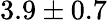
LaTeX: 3.9\pm 0.7